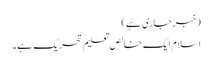
(خبر جاری ہے)
اسلام ایک خالص تعلیم تحریک ہے۔